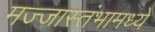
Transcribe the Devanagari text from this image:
मज्जास्तंभामध्ये